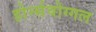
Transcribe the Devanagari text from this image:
होर्न्सवोग्गल